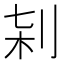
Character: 𠜀